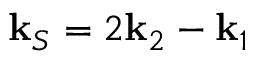
\mathbf { k } _ { S } = 2 \mathbf { k } _ { 2 } - \mathbf { k } _ { 1 }